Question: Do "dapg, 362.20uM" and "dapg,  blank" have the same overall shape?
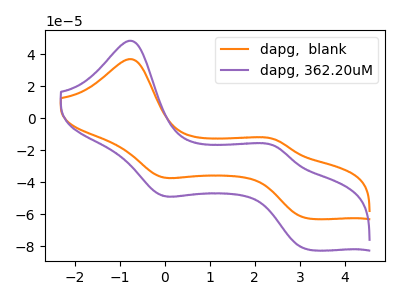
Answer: <think>The orange curve "dapg,  blank" has anodic peaks at (-0.75V, 36.90uA) (2.45V, -13.25uA) and cathodic peaks at (-0.05V, -36.75uA) (3.20V, -62.55uA). The purple curve "dapg, 362.20uM" has anodic peaks at (-0.75V, 48.35uA) (2.45V, -17.35uA) and cathodic peaks at (-0.05V, -48.15uA) (3.20V, -82.00uA).
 All the peaks in "dapg, 362.20uM" have a peak in "dapg,  blank" at the same potential.</think>
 <answer>"dapg, 362.20uM" and "dapg,  blank" are similar in shape.</answer>
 <eval>same_shape</eval>